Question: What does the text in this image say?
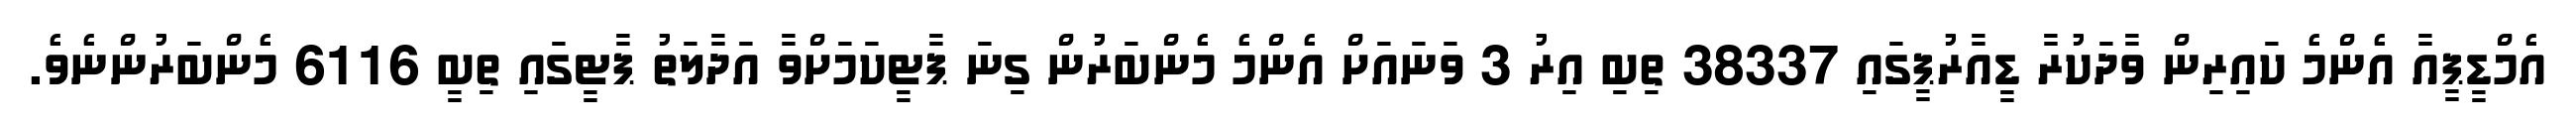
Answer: އެމްޑީޕީއާ އެންމެ ކައިރިން ވާދަކުރާ ޑީއާރުޕީގައި 38337 ތިބި އިރު 3 ވަނައަށް އެންމެ މެންބަރުން ގިނަ ޕާޓީކަމަށްވާ އަދާލަތު ޕާޓީގައި ތިބީ 6116 މެންބަރުންނެވެ.